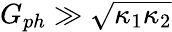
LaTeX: G_{ph}\gg\sqrt{\kappa_{1}\kappa_{2}}